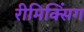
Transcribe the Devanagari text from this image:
रीमिक्सिंग